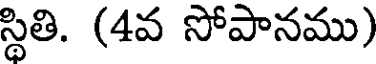
స్థితి. (4వ సోపానము)